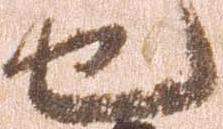
也